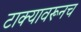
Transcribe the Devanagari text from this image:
टाक्यावरूनच